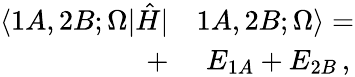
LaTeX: \begin{array}{rl}{\langle 1A,2B;\Omega|\hat{H}|}&{{}1A,2B;\Omega\rangle=}\\ {+}&{{}\, \, E_{1A}+E_{2B}\, ,}\end{array}